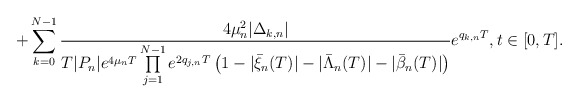
\begin{align*}+\sum\limits_{k=0}^{N-1}\frac{4\mu^2_n|\Delta_{k,n}|}{T|P_n|e^{4\mu_nT}\prod\limits_{j=1}^{N-1}e^{2q_{j,n}T}\left(1-|\bar{\xi}_n(T)|-|\bar{\Lambda}_n(T)|-|\bar{\beta}_n(T)|\right)}e^{q_{k,n}T},t\in[0,T].\end{align*}